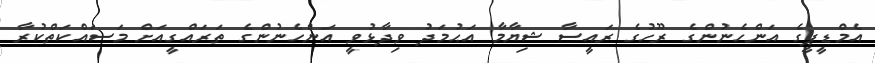
އެމްޑީޕީގެ އަންހެނުންގެ ރޫހުގެ ރައީސާ ޝިޔާމާ އަޙުމަދު ވިދާޅުވީ އަންހެނުންގެ ތަރައްގީއަށް މަސައްކަތްކުރާ